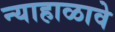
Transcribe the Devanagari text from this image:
न्याहाळावे